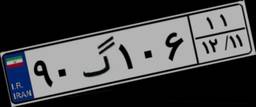
۶۷گ۳۰۲۳۰